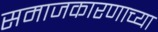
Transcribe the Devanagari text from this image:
समाजकारणाच्या